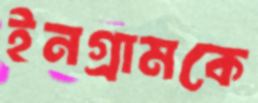
ইনগ্রামকে